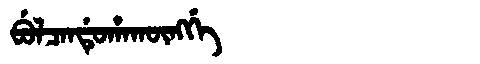
Manchu: ᠪᡠᠯᠴᠠᠨᡩᡠᡥᠠᡴᡡᠩᡤᡝ
Romanization: BULCANDUHAKŪNGGE